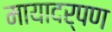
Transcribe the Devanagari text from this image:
मायादर्पण